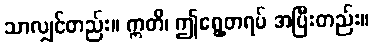
သာလျှင်တည်း။ ဣတိ၊ ဤရွေ့တရပ် အပြီးတည်း။